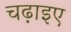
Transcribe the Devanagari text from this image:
चढ़ाइए